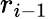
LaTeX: r_{i-1}